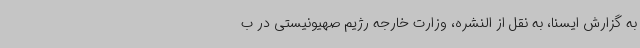
به گزارش ایسنا، به نقل از النشره، وزارت خارجه رژیم صهیونیستی در ب